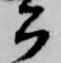
公